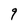
Character: 9